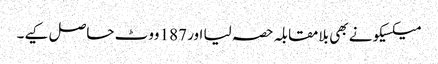
میکسیکو نے بھی بلامقابلہ حصہ لیا اور 187 ووٹ حاصل کیے۔